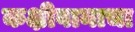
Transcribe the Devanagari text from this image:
कक्षीवानाचा